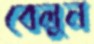
বেলুন